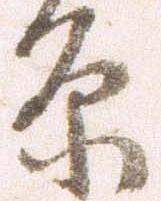
原